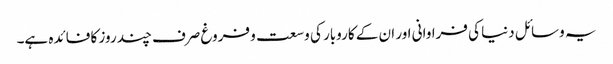
یہ وسائل دنیا کی فراوانی اور ان کے کاروبار کی وسعت و فروغ صرف چند روز کا فائدہ ہے۔